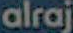
alraj